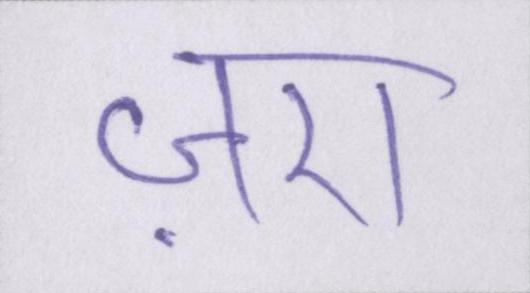
ज़रा